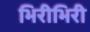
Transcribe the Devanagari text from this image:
भिरीभिरी